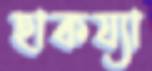
হাকয্যা